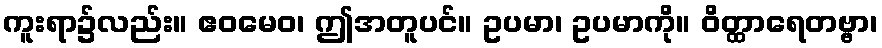
ကူးရာ၌လည်း။ ဧဝမေဝ၊ ဤအတူပင်။ ဥပမာ၊ ဥပမာကို။ ဝိတ္ထာရေတဗ္ဗာ၊